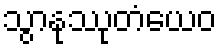
သွာနုဿုတံယေဝ